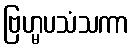
ဗြဟ္မပသံသကာ